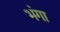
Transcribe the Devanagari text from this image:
भंगा